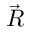
\vec { \boldsymbol { R } }